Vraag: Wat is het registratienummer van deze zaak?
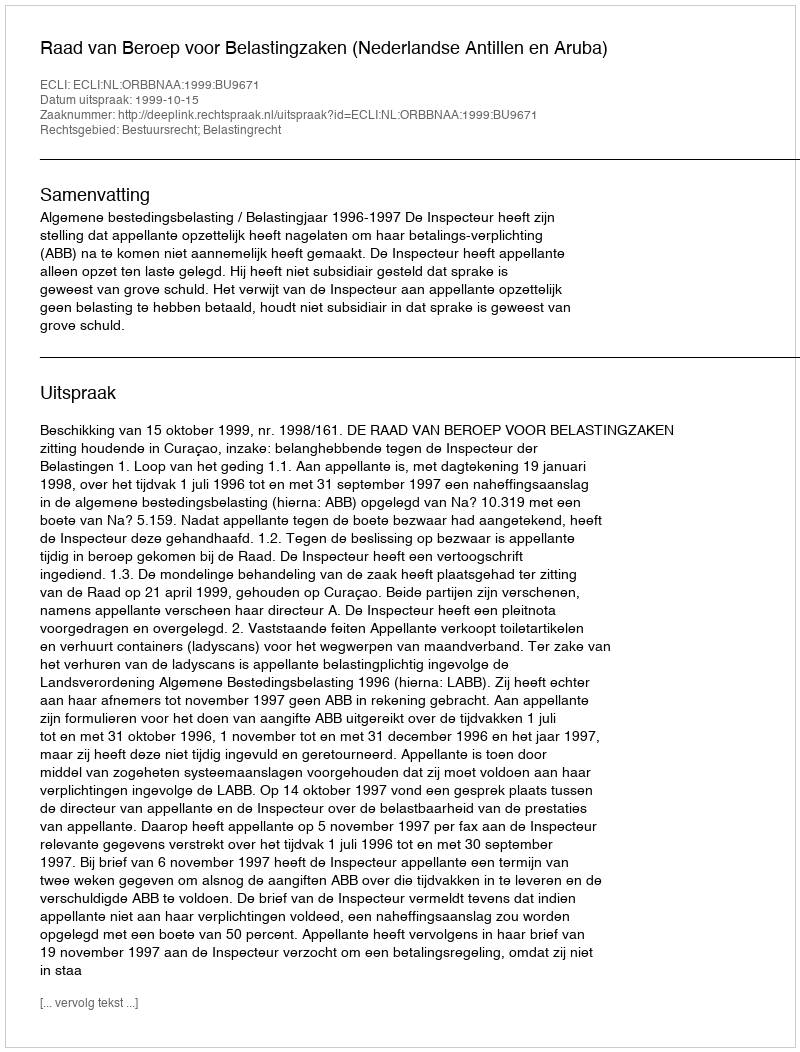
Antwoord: http://deeplink.rechtspraak.nl/uitspraak?id=ECLI:NL:ORBBNAA:1999:BU9671